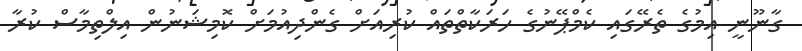
ގާނޫނީ އިމުގެ ތެރޭގައި ކެމްޕޭނުގެ ހަރަކާތްތައް ކުރިއަށް ގެންދިއުމަށް ކޮމިޝަނުން އިލްތިމާސް ކުރާ